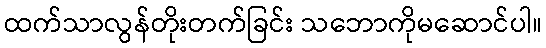
ထက်သာလွန်တိုးတက်ခြင်း သဘောကိုမဆောင်ပါ။